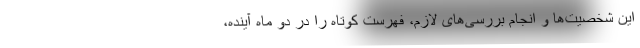
این شخصیت‌ها و انجام بررسی‌های لازم، فهرست کوتاه را در دو ماه آینده،